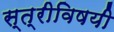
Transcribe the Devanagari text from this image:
स्त्रीविषयी